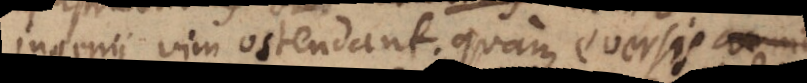
ingenii vim ostendant; quam eversis rec